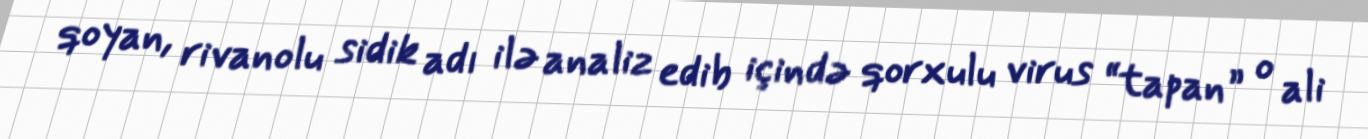
qoyan, rivanolu sidik adı ilə analiz edib içində qorxulu virus “tapan” o ali